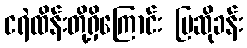
ငရဲထိန်းတို့ရှိကြောင်း ပြဆိုခန်း